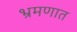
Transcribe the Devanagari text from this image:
भ्रमणात